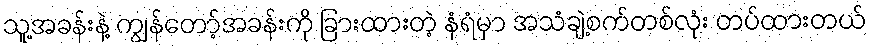
သူ့အခန်းနဲ့ ကျွန်တော့်အခန်းကို ခြားထားတဲ့ နံရံမှာ အသံချဲ့စက်တစ်လုံး တပ်ထားတယ်